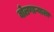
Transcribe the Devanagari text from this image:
बोलणाऱ्याला